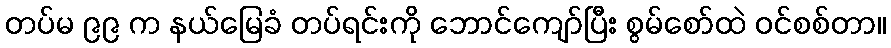
တပ်မ ၉၉ က နယ်မြေခံ တပ်ရင်းကို ဘောင်ကျော်ပြီး စွမ်စော်ထဲ ဝင်စစ်တာ။